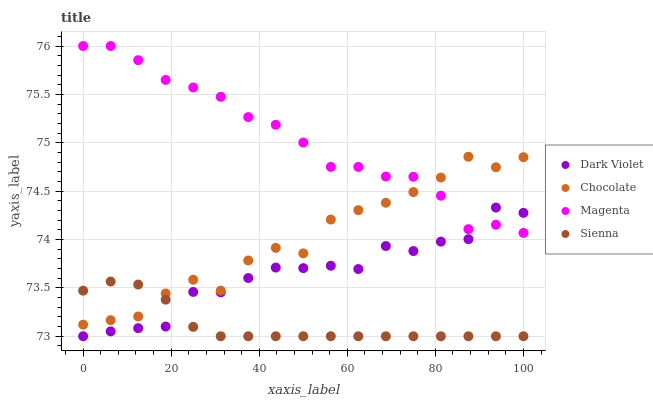
| xaxis_label | Dark Violet | Chocolate | Magenta | Sienna |
 | --- | --- | --- | --- | --- |
 | 0 | 73 | 73.1 | 76 | 73.5 |
 | 6.25 | 73.1 | 73.2 | 76 | 73.6 |
 | 12.5 | 73.1 | 73.2 | 75.9 | 73.5 |
 | 18.8 | 73.1 | 73.4 | 75.6 | 73.4 |
 | 25 | 73.5 | 73.6 | 75.6 | 73.1 |
 | 31.2 | 73.5 | 73.5 | 75.5 | 73 |
 | 37.5 | 73.6 | 73.8 | 75.3 | 73 |
 | 43.8 | 73.7 | 73.9 | 75.2 | 73 |
 | 50 | 73.7 | 73.9 | 75 | 73 |
 | 56.2 | 73.7 | 74.2 | 74.8 | 73 |
 | 62.5 | 73.7 | 74.3 | 74.8 | 73 |
 | 68.8 | 73.9 | 74.4 | 74.7 | 73 |
 | 75 | 73.9 | 74.5 | 74.6 | 73 |
 | 81.2 | 74 | 74.6 | 74.5 | 73 |
 | 87.5 | 74 | 74.9 | 74.1 | 73 |
 | 93.8 | 74.3 | 74.7 | 74.2 | 73 |
 | 100 | 74.3 | 74.9 | 74.1 | 73 |